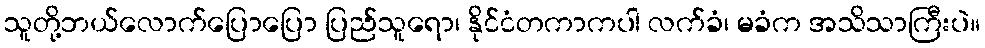
သူတို့ဘယ်လောက်ပြောပြော ပြည်သူရော၊ နိုင်ငံတကာကပါ လက်ခံ၊ မခံက အသိသာကြီးပဲ။